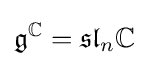
{\mathfrak {g}}^{\mathbb {C} }={\mathfrak {sl}}_{n}\mathbb {C}